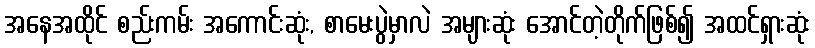
အနေအထိုင် စည်းကမ်း အကောင်းဆုံး, စာမေးပွဲမှာလဲ အများဆုံး အောင်တဲ့တိုက်ဖြစ်၍ အထင်ရှားဆုံး